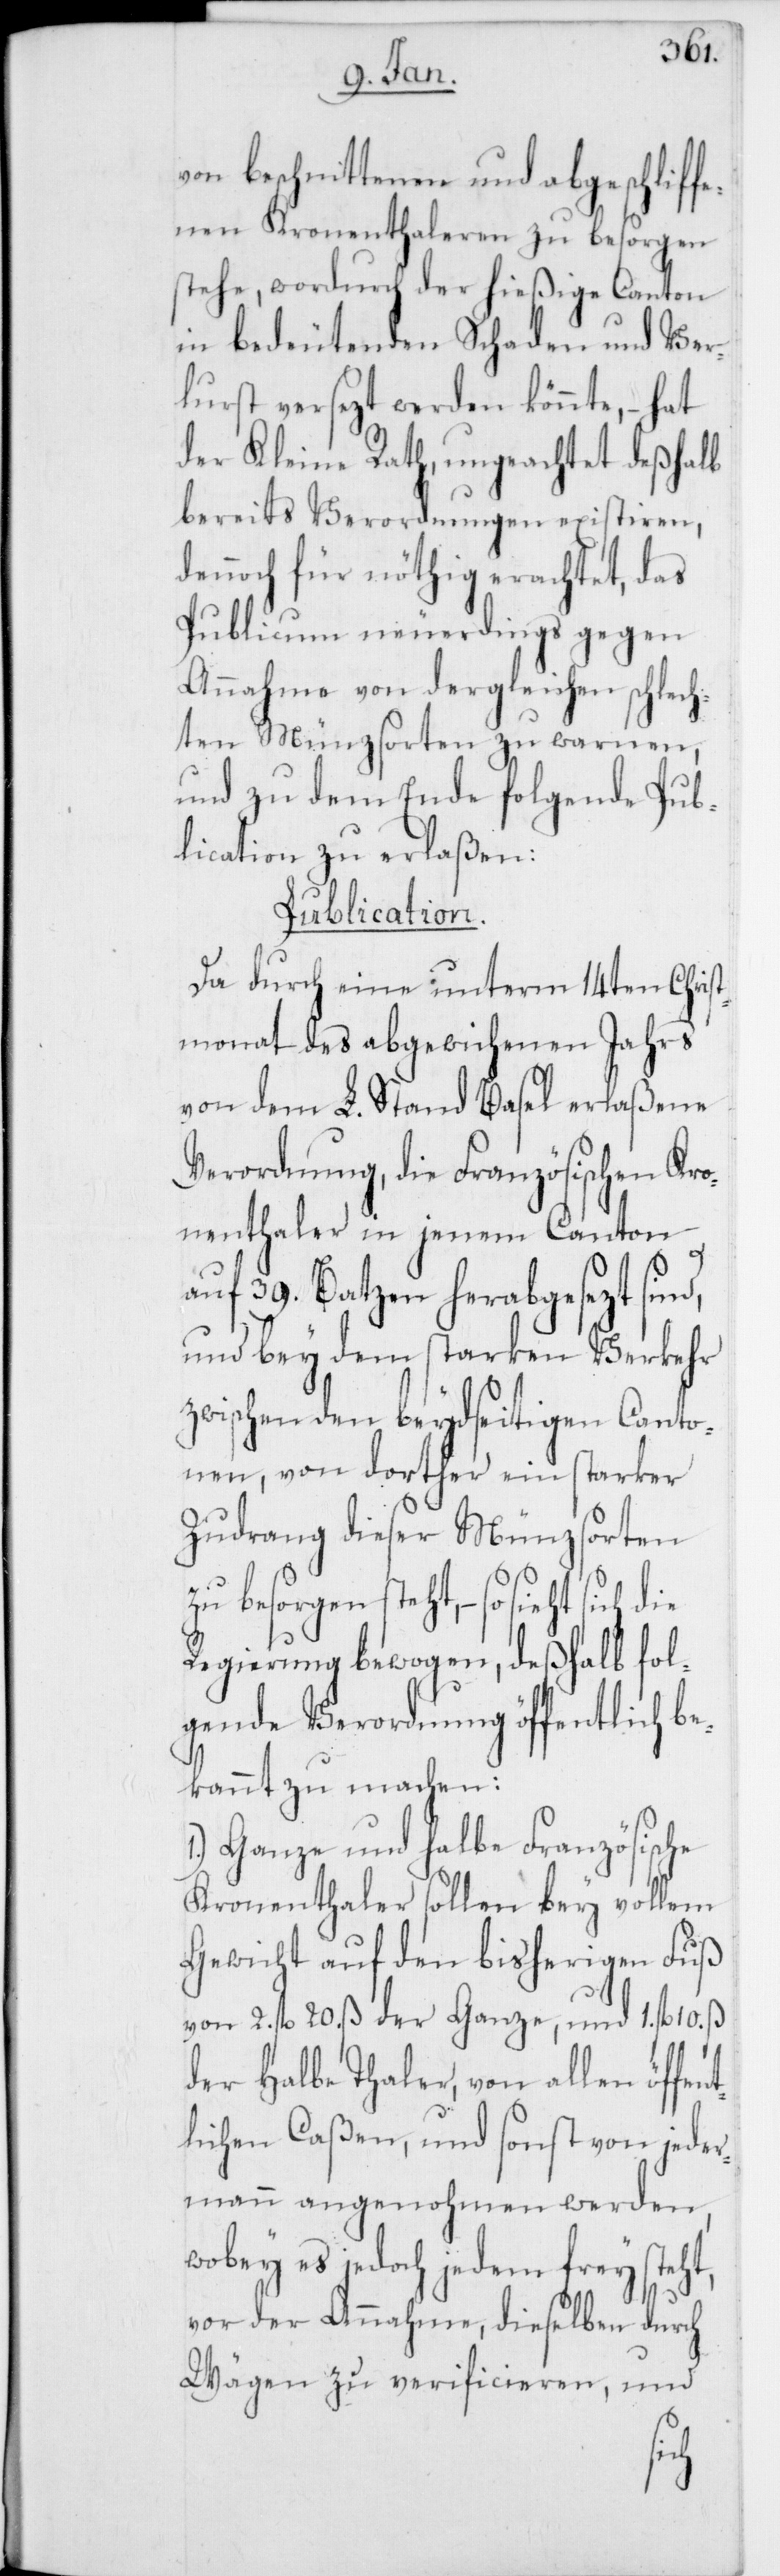
von beschnittenen und abgeschliff¬
enen Kronenthaleren zu besorgen
stehe, wodurch der hießige Canton
in bedeutenden Schaden und Ver¬
lust gesezt werden könnte, – hat
der Kleine Rath, ungeachtet deßhalb
bereits Verordnungen existiren,
dennoch für nöthig erachtet, das
Publicum neuerdings gegen
Annahme von dergleichen schlech¬
ten Münzsorten zu warnen,
und zu dem Ende folgende Pub¬
lication zu erlaßen:
Publication.
Da durch eine unterm 14ten Christ¬
monat des abgewichenen Jahrs
von dem L. Stand Basel erlaßene
Verordnung, die Französischen Kro¬
nenthaler in jenem Canton
auf 39. Batzen herabgesezt sind,
und bey dem starken Verkehr
zwischen den beydseitigen Canto¬
nen, von dorther ein starker
Zudrang dieser Münzsorten
zu besorgen steht, – so sieht
Regierung bewogen, deßhalb fol¬
gende Verordnung öffentlich be¬
kannt zu machen:
Ganze und halbe Französische
Kronenthaler sollen bey vollem
Gewicht auf den bisherigen Fuß
von 2. fl. 20. ß der Ganze, und 1. fl. 10.
der halbe Thaler, von allen öffen¬
tlichen Caßen, und sonst von jeder¬
mann angenohmen werden,
wobey es jedoch jedem frey steht,
vor der Annahme, dieselben durch
Wägen zu verificieren, und